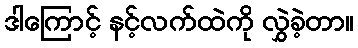
ဒါကြောင့် နင့်လက်ထဲကို လွှဲခဲ့တာ။